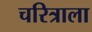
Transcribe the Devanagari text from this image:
चरित्राला